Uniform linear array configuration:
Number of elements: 12
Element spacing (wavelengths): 0.75
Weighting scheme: uniform
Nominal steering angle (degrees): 0
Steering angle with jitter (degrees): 0.3613
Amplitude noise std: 0.05
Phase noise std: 0.05

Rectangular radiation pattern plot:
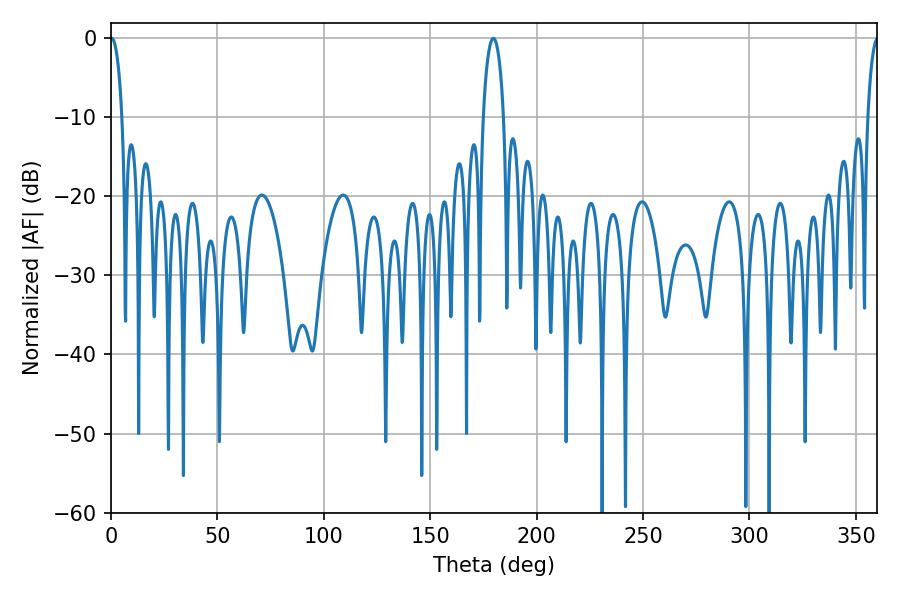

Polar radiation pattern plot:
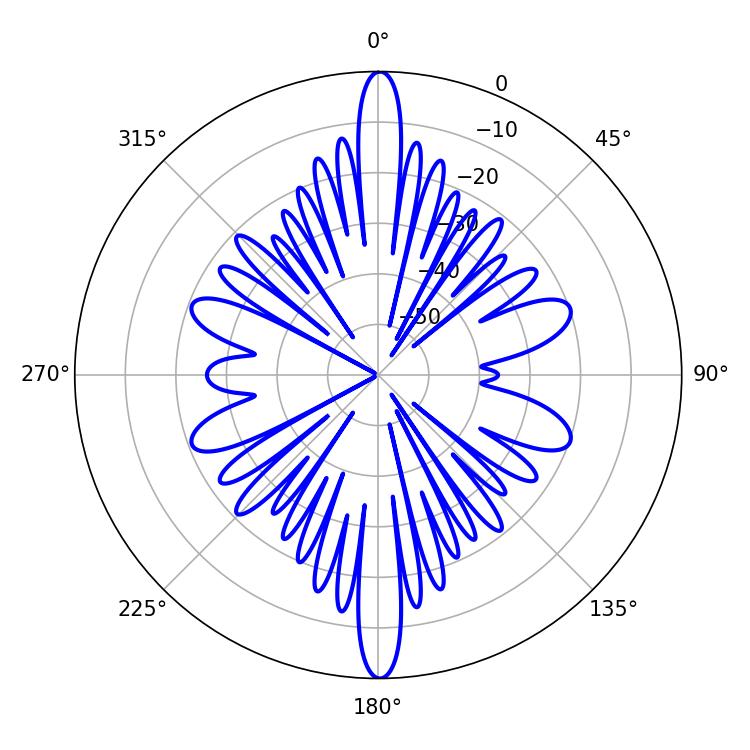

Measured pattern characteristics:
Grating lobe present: TRUE
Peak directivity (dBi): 31.571
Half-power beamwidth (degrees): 3.06
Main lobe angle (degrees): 0.36